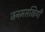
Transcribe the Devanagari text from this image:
जनमसखियाँ